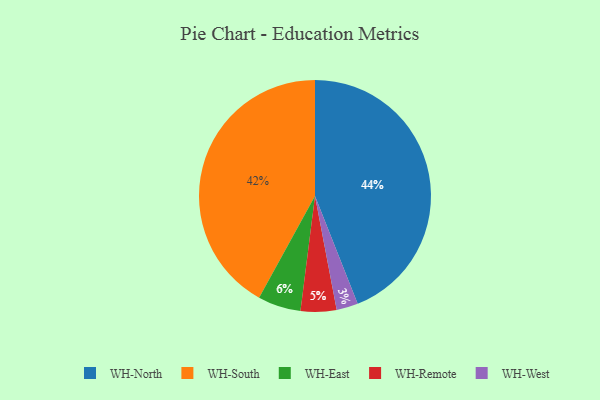
{"axis": {"x": "Category", "y": "Percentage"}, "legend": ["WH-East", "WH-North", "WH-Remote", "WH-South", "WH-West"], "data": [{"x": "WH-South", "y": 42, "type": "WH-South"}, {"x": "WH-West", "y": 3, "type": "WH-West"}, {"x": "WH-Remote", "y": 5, "type": "WH-Remote"}, {"x": "WH-North", "y": 44, "type": "WH-North"}, {"x": "WH-East", "y": 6, "type": "WH-East"}]}